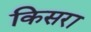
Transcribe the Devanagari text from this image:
किसरा